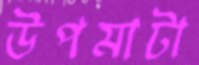
উপমাটা